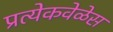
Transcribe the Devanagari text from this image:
प्रत्येकवेळेस